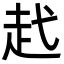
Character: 䞖